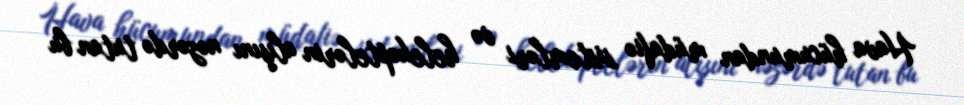
Hava hücumundan müdafiə sistemləri və helekoptelərin alışını nəzərdə tutan bu